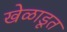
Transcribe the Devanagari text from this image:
खेळाडूत